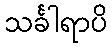
သင်္ခါရာပိ